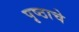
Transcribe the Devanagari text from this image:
पृष्ठाचे